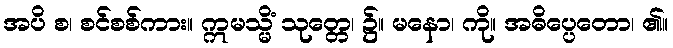
အပိ စ၊ စင်စစ်ကား။ ဣမသ္မိံ သုတ္တေ၊ ၌။ မနော၊ ကို။ အဓိပ္ပေတော၊ ၏။